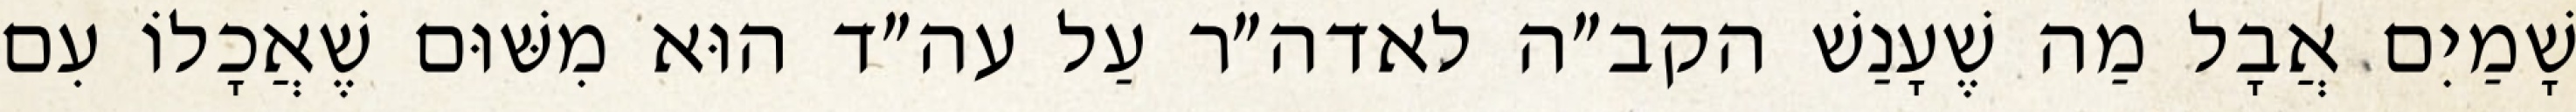
שָׁמַיִם אֲבָל מַה שֶׁעָנַשׁ הקב״ה לאדה״ר עַל עה״ד הוּא מִשּׁוּם שֶׁאֲכָלוֹ עִם